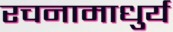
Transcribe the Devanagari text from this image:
रचनामाधुर्य